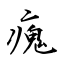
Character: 瘣